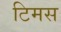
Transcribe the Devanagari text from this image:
टिमस